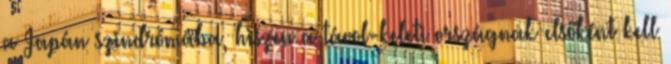
a Japán szindrómába, hiszen a távol-keleti országnak elsőként kell